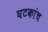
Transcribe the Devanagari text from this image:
घटकांच